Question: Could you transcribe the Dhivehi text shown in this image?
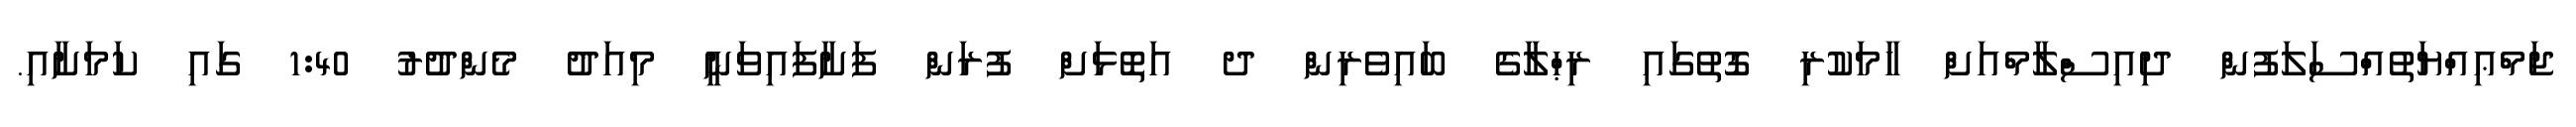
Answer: ޖަމްޢިއްޔަތުއްސަލަފުން ދިއިސްލާމްއަށް ހާމަކުރި ގޮތުގައި ރިޙްލާގެ ބައިވެރިން ދ އަތޮޅަށް ފުރަން ފަށާފައިވަނީ މިއަދު މެންދުރު 1:40 ގައި ކަމަށާއި.